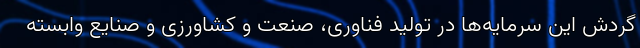
گردش این سرمایه‌ها در تولید فناوری، صنعت و کشاورزی و صنایع وابسته